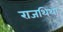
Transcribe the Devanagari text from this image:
राजथिथा